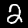
Digit: 2